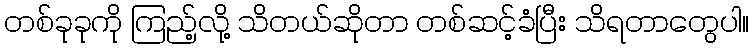
တစ်ခုခုကို ကြည့်လို့ သိတယ်ဆိုတာ တစ်ဆင့်ခံပြီး သိရတာတွေပါ။